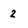
Character: 2